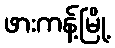
ဖားကန့်မြို့